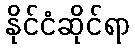
နိုင်ငံဆိုင်ရာ